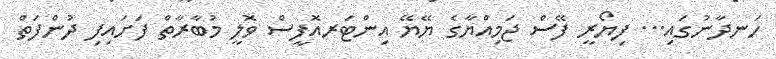
ހަނދާނުގައި... ފިޔޯރީ ފޭސް ޖަމިއްޔާގެ ޔޭޔޭ އިންޓަރއޮފީސް ވޮލީ މުބާރާތް ފަށައިފި ދުންފަތް